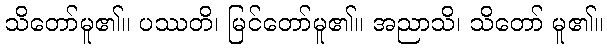
သိတော်မူ၏။ ပဿတိ၊ မြင်တော်မူ၏။ အညာသိ၊ သိတော် မူ၏။